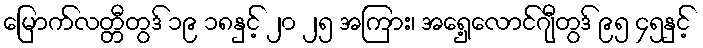
မြောက်လတ္တီတွဒ် ၁၉ ၁၈နှင့် ၂၀ ၂၅ အကြား၊ အရှေ့လောင်ဂျီတွဒ် ၉၅ ၄၅နှင့်